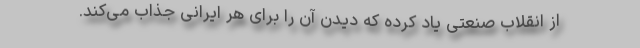
از انقلاب صنعتی یاد کرده که دیدن آن را برای هر ایرانی جذاب می‌کند.